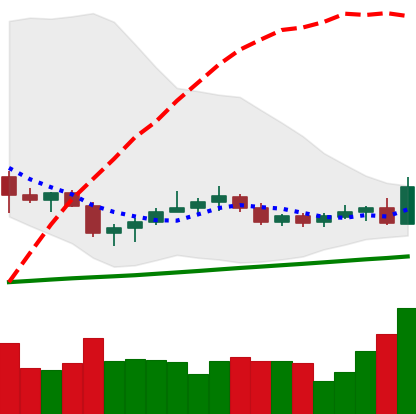
Ticker: NEO-USD
Chart end date: 2020-10-21
Forward return: -6.986%
Label: down_5_7